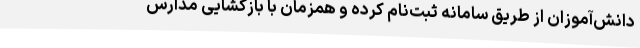
دانش‌آموزان از طریق سامانه ثبت‌نام کرده و همزمان با بازگشایی مدارس